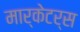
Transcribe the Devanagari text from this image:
मार्केटर्स